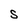
Character: S